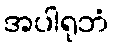
အပါရုဘံ